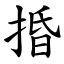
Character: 捪